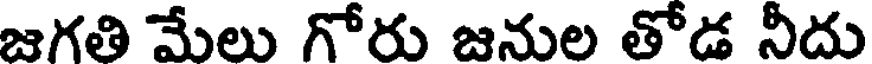
జగతి మేలు గోరు జనుల తోడ నీదు